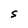
Character: S